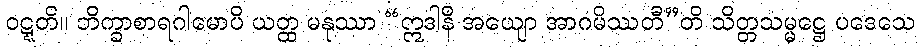
ဝဋ္ဋတိ။ ဘိက္ခာစာရဂါမောပိ ယတ္ထ မနုဿာ “ဣဒါနိ အယျော အာဂမိဿတီ”တိ သိတ္တသမ္မဋ္ဌေ ပဒေသေ